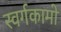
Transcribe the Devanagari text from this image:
स्वर्गकामो